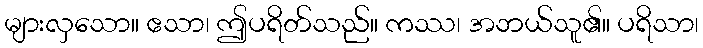
များလှသော။ ဧသာ၊ ဤပရိတ်သည်။ ကဿ၊ အဘယ်သူ၏။ ပရိသာ၊